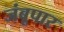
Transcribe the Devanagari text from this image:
जंबूपार